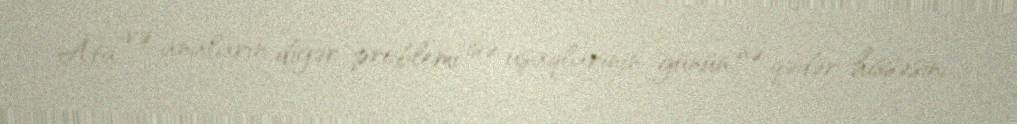
Ata və anaların digər problemi isə uşaqlarının günün nə qədər hissəsini